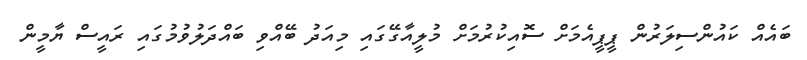
ބައެއް ކައުންސިލަރުން ޕީޕީއެމަށް ސޮއިކުރުމަށް މުލީއާގޭގައި މިއަދު ބޭއްވި ބައްދަލުވުމުގައި ރައީސް ޔާމީން